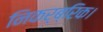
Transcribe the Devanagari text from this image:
निकर्ब्रिक।